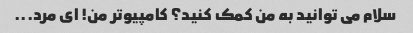
سلام می توانید به من کمک کنید؟ کامپیوتر من! ای مرد...